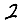
Digit: 2